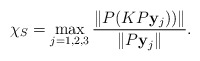
\begin{align*}\chi_S = \max_{j=1, 2, 3} \dfrac{\Vert P(K P{\bf y}_j)) \Vert}{ \Vert P{\bf y}_j \Vert}.\end{align*}